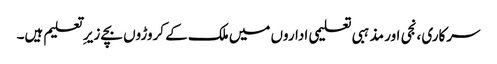
سرکاری ،نجی اور مذہبی تعلیمی اداروں میں ملک کے کروڑوں بچے زیر ِ تعلیم ہیں۔